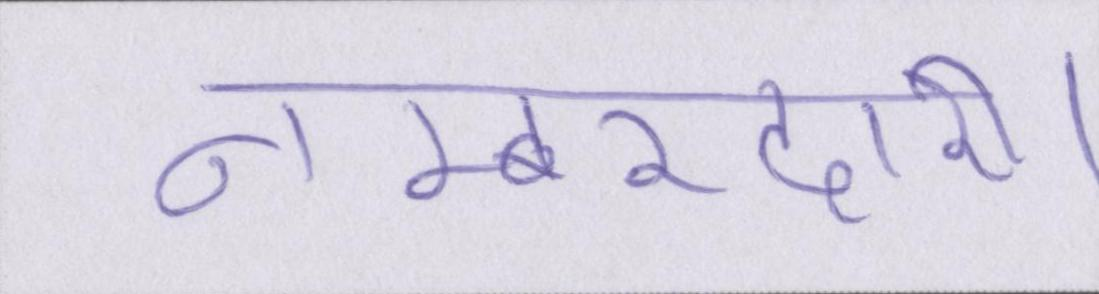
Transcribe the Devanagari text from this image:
नम्बरदारी।